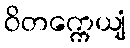
ဝိတက္ကေယျံ